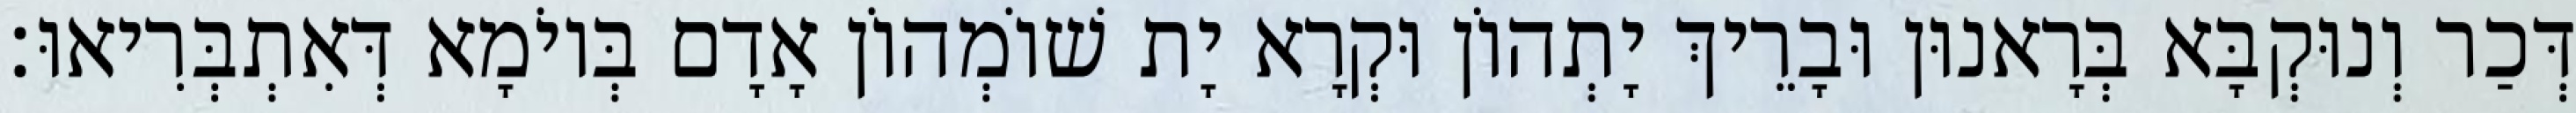
דְּכַר וְנוּקְבָּא בְּרָאנוּן וּבָרֵיךְ יָתְהוֹן וּקְרָא יָת שׁוֹמְהוֹן אָדָם בְּיוֹמָא דְּאִתְבְּרִיאוּ׃